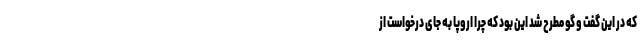
که در این گفت و گو مطرح شد این بود که چرا اروپا به جای درخواست از